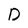
Character: D